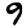
Digit: 9